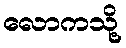
လောကသို့